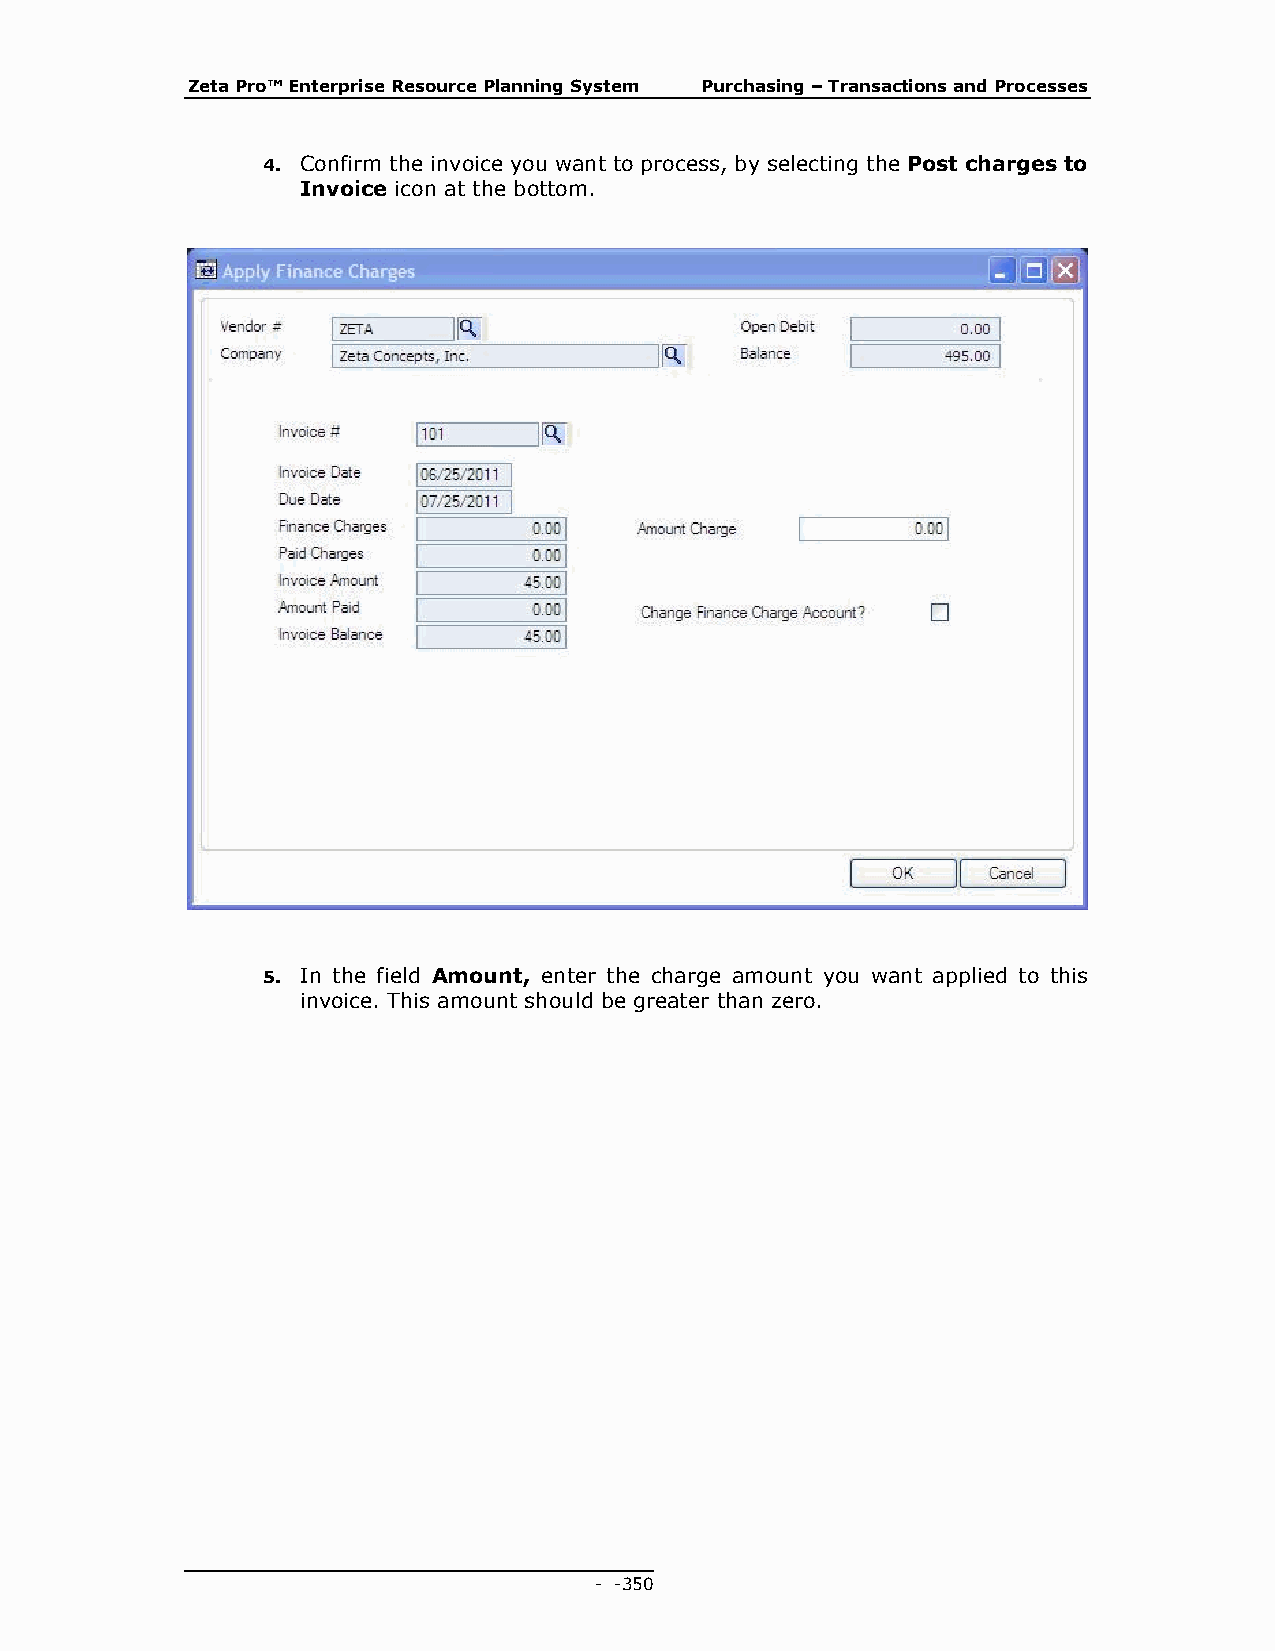
Zeta Pro™ Enterprise Resource Planning System Purchasing – Transactions and Processes
 4. Confirm the invoice you want to process, by selecting the Post charges to
 Invoice icon at the bottom.
 5. In the field Amount, enter the charge amount you want applied to this
 invoice. This amount should be greater than zero.
 - - 350